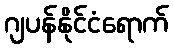
ဂျပန်နိုင်ငံရောက်